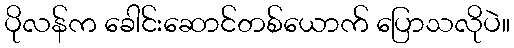
ပိုလန်က ခေါင်းဆောင်တစ်ယောက် ပြောသလိုပဲ။